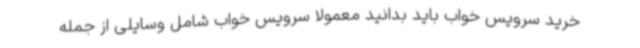
خرید سرویس خواب باید بدانید معمولا سرویس خواب شامل وسایلی از جمله